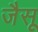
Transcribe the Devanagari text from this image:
जैसू